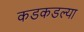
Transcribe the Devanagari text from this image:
कडकडल्या